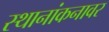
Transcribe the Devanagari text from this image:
स्थानांकनावर